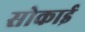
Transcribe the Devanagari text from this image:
सोकाई